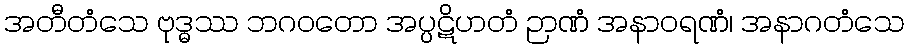
အတီတံသေ ဗုဒ္ဓဿ ဘဂဝတော အပ္ပဋိဟတံ ဉာဏံ အနာဝရဏံ၊ အနာဂတံသေ